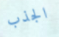
الجذب